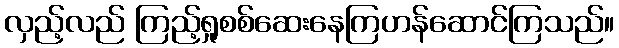
လှည့်လည် ကြည့်ရှုစစ်ဆေးနေကြဟန်ဆောင်ကြသည်။